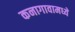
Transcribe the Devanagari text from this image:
कनागावामध्ये